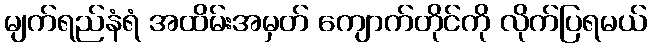
မျက်ရည်နံရံ အထိမ်းအမှတ် ကျောက်တိုင်ကို လိုက်ပြရမယ်